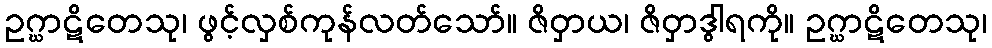
ဥဂ္ဃာဋိတေသု၊ ဖွင့်လှစ်ကုန်လတ်သော်။ ဇိဝှာယ၊ ဇိဝှာဒွါရကို။ ဥဂ္ဃာဋိတေသု၊